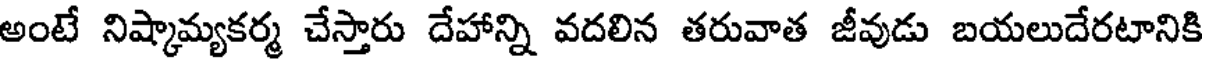
అంటే నిష్కామ్యకర్మ చేస్తారు దేహాన్ని వదలిన తరువాత జీవుడు బయలుదేరటానికి